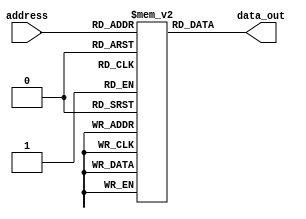
module mask_programmed_rom
(
    input wire [address_width-1:0] address,
    output reg [data_width-1:0] data_out
);

parameter address_width = 8; // change according to memory size
parameter data_width = 8;     // change according to data size

reg [data_width-1:0] memory[0:2**address_width-1]; //define memory array with fixed data values

// Initialize the memory array with fixed data values during manufacturing process
initial begin
    // Define data values for each memory block
    memory[0] = 8'b00000000; // example data value for address 0
    memory[1] = 8'b11111111; // example data value for address 1
    // Add more memory blocks as needed
end

// Read data value from memory based on input address
always @(*) begin
    data_out = memory[address];
end

endmodule